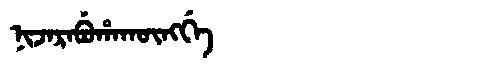
Manchu: ᠨᡳᠵᠠᡵᠠᠪᡠᡥᠠᡴᡡᠩᡤᡝ
Romanization: NIJARABUHAKŪNGGE